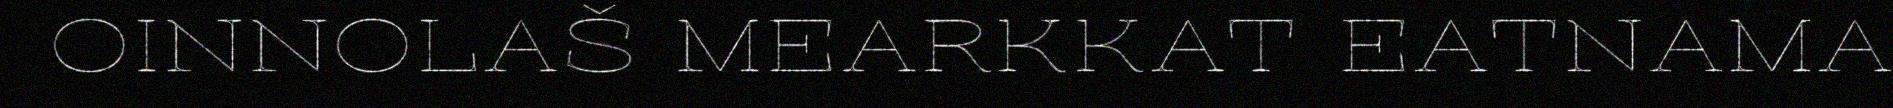
OINNOLAŠ MEARKKAT EATNAMA